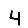
Digit: 4